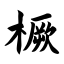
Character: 橛